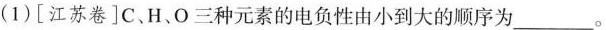
(1)[江苏卷]C、H、O三种元素的电负性由小到大的顺序为___。